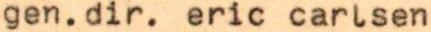
gen.dir. eric carlsen